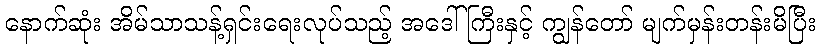
နောက်ဆုံး အိမ်သာသန့်ရှင်းရေးလုပ်သည့် အဒေါ်ကြီးနှင့် ကျွန်တော် မျက်မှန်းတန်းမိပြီး